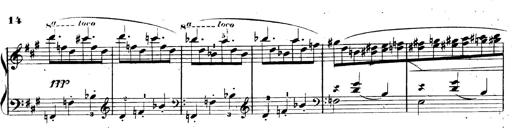
Title: 3 Caprices-Valses
Composer: Franz Liszt